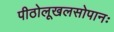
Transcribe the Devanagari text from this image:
पीठोलूखलसोपानः